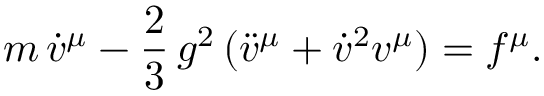
m \, { \dot { v } } ^ { \mu } - { \frac 2 3 } \, g ^ { 2 } \, ( { \ddot { v } } ^ { \mu } + { \dot { v } } ^ { 2 } v ^ { \mu } ) = f ^ { \mu } .